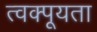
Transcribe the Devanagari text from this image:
त्वक्पूयता